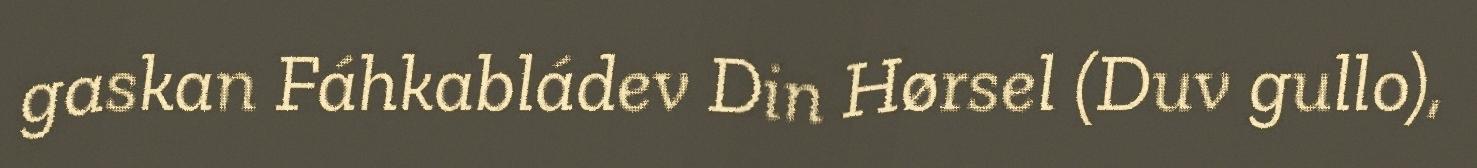
gaskan Fáhkabládev Din Hørsel (Duv gullo),